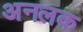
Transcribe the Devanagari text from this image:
अनलक